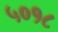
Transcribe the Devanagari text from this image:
५०१८